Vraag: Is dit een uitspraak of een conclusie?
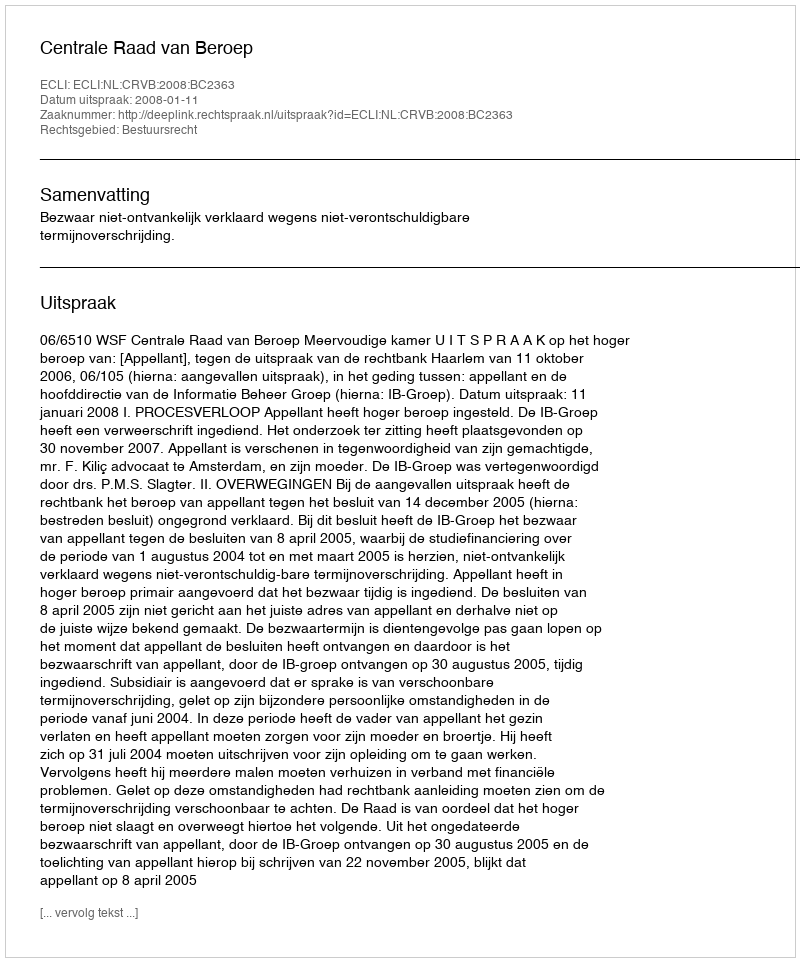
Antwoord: Uitspraak